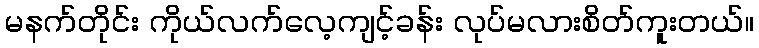
မနက်တိုင်း ကိုယ်လက်လေ့ကျင့်ခန်း လုပ်မလားစိတ်ကူးတယ်။